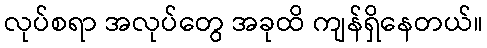
လုပ်စရာ အလုပ်တွေ အခုထိ ကျန်ရှိနေတယ်။